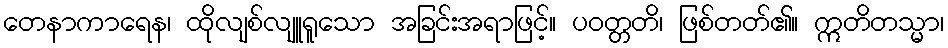
တေနာကာရေန၊ ထိုလျစ်လျူရူသော အခြင်းအရာဖြင့်။ ပဝတ္တတိ၊ ဖြစ်တတ်၏။ ဣတိတသ္မာ၊